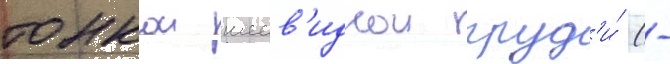
тонкои шеев'иднои груд'и́ (-